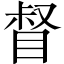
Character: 督